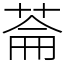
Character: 菕